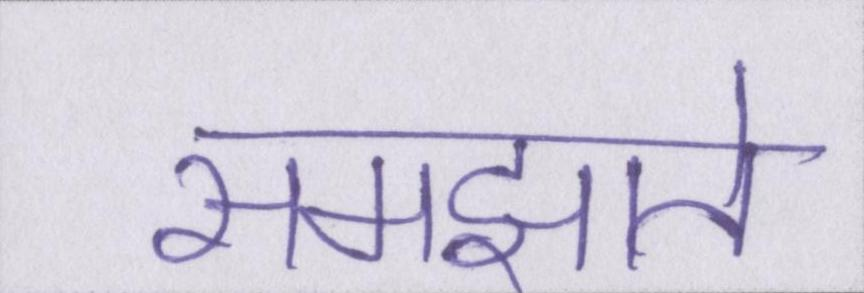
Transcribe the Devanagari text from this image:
समझाते